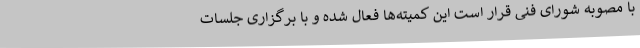
با مصوبه شورای فنی قرار است این کمیته‌ها فعال شده و با برگزاری جلسات